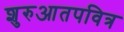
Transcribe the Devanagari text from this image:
शुरुआतपवित्र